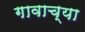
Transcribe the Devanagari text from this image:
गावाच्‍या